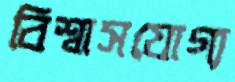
বিশ্বাসযোগ্য